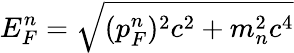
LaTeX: E_{F}^{n}={\sqrt{(p_{F}^{n})^{2}c^{2}+m_{n}^{2}c^{4}}}